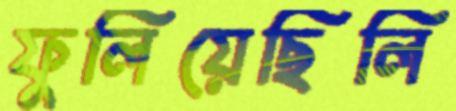
ফুলিয়েছিলি